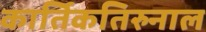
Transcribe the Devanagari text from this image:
कार्तिकतिरुनाल